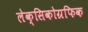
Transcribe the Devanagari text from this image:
लेक्सिकोग्रफिक